Civil Veterinary Department. United Provinces 1923-31 - 1923-1931
Year: 1923
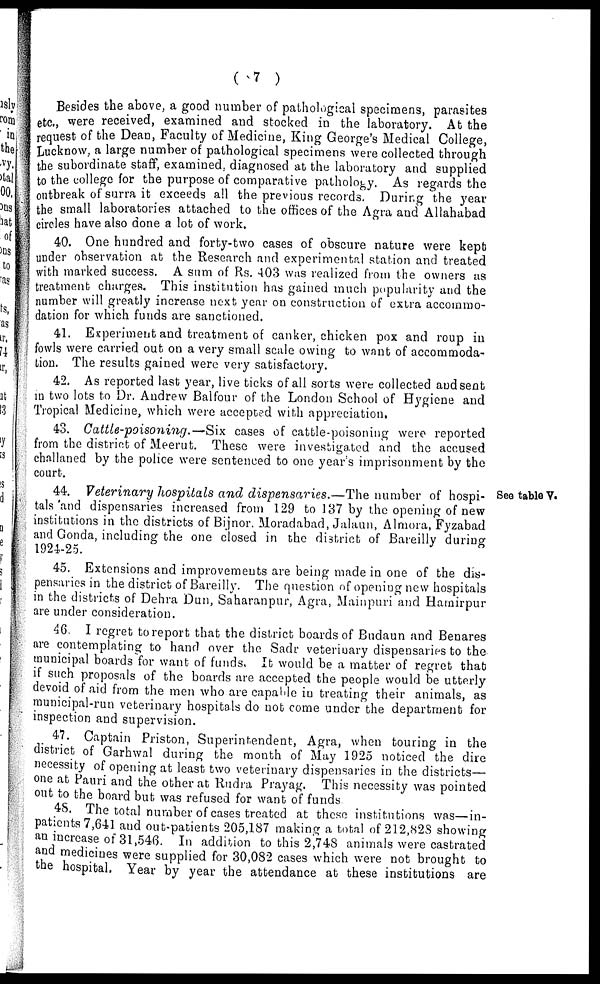
( 7 )
Besides the above, a good number of pathological specimens, parasites
etc, were received, examined and stocked in the laboratory. At the
request of the Dean, Faculty of Medicine, King George's Medical College,
Lucknow, a large number of pathological specimens were collected through
the subordinate staff, examined, diagnosed at the laboratory and supplied
to the college for the purpose of comparative pathology. As regards the
outbreak of surra it exceeds all the previous records. During the year
the small laboratories attached to the offices of the Agra and Allahabad
circles have also done a lot of work.
40. One hundred and forty-two cases of obscure nature were kept
under observation at the Research and experimental station and treated
with marked success. A sum of Rs. 403 was realized from the owners as
treatment charges. This institution has gained much popularity and the
number will greatly increase next year on construction of extra accommo-
dation for which funds are sanctioned.
41. Experiment and treatment of canker, chicken pox and roup in.
fowls were carried out on a very small scale owing to want of accommoda-
tion. The results gained were very satisfactory.
42. As reported last year, live ticks of all sorts were collected and sent
in two lots to Dr. Andrew Balfour of the London School of Hygiene and
Tropical Medicine, which were accepted with appreciation.
43. Cattle-poisoning.—Six
cases of cattle-poisoning were reported
from the district of Meerut. These were investigated and the accused
challaned by the police were sentenced to one year's imprisonment by the
court.
See table V.
44. Veterinary hospitals and dispensaries.—The number of hospi-
tals and dispensaries increased from 129 to 137 by the opening of new
institutions in the districts of Bijnor. Moradabad, Jalaun, Almora, Fyzabad
and Gonda, including the one closed in the district of Bareilly during
1924-25.
45. Extensions and improvements are being made in one of the dis-
pensaries in the district of Bareilly. The question of opening new hospitals
in the districts of Dehra Dun, Saharanpur, Agra, Mainpuri and Hamirpur
are under consideration.
46. I regret to report that the district boards of Budaun and Benares
are contemplating to hand over the Sadr veterinary dispensaries to the
municipal boards for want of funds. It would be a matter of regret that
if such proposals of the boards are accepted the people would be utterly
devoid of aid from the men who are capable in treating their animals, as
municipal-run veterinary hospitals do not come under the department for
inspection and supervision.
47. Captain Priston, Superintendent, Agra, when touring in the
district of Garhwal during the month of May 1925 noticed the dire
necessity of opening at least two veterinary dispensaries in the districts—
one at Pauri and the other at Rudra Prayag. This necessity was pointed
out to the board but was refused for want of funds.
48. The total number of cases treated at these institutions was—in-
patients 7,641 and out-patients 205,187 making a total of 212,828 showing
an increase of 31,546. In addition to this 2,748 animals were castrated
and medicines were supplied for 30,082 cases which were not brought to
the hospital. Year by year the attendance at these institutions are